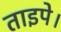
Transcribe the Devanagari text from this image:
ताइपे।